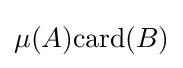
\mu (A){\text{card}}(B)